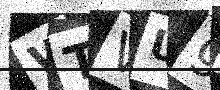
Text: WTVU9I